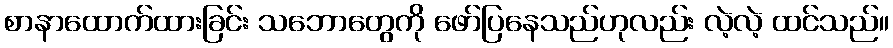
စာနာထောက်ထားခြင်း သဘောတွေကို ဖော်ပြနေသည်ဟုလည်း လဲ့လဲ့ ထင်သည်။